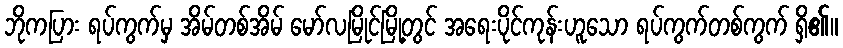
ဘိုကပြား ရပ်ကွက်မှ အိမ်တစ်အိမ် မော်လမြိုင်မြို့တွင် အရေးပိုင်ကုန်းဟူသော ရပ်ကွက်တစ်ကွက် ရှိ၏။